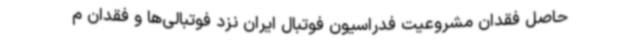
حاصل فقدان مشروعیت فدراسیون فوتبال ایران نزد فوتبالی‌ها و فقدان م